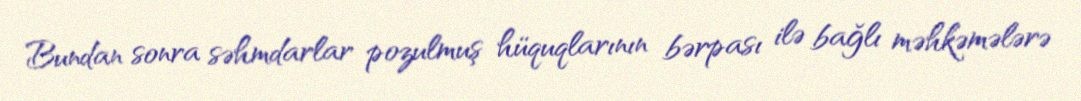
Bundan sonra səhmdarlar pozulmuş hüquqlarının bərpası ilə bağlı məhkəmələrə